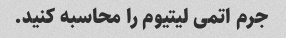
جرم اتمی لیتیوم را محاسبه کنید.